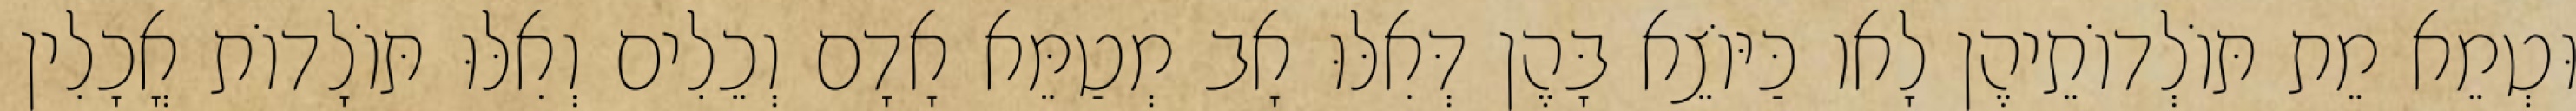
וּטְמֵא מֵת תּוֹלְדוֹתֵיהֶן לָאו כַּיּוֹצֵא בָּהֶן דְּאִלּוּ אָב מְטַמֵּא אָדָם וְכֵלִים וְאִלּוּ תּוֹלָדוֹת אֳכָלִין